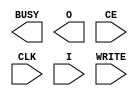
// This program was cloned from: https://github.com/jhshi/openofdm
// License: Apache License 2.0

// $Header: /devl/xcs/repo/env/Databases/CAEInterfaces/verunilibs/data/virtex4/ICAP_VIRTEX4.v,v 1.4 2007/06/06 22:14:07 fphillip Exp $
///////////////////////////////////////////////////////////////////////////////
// Copyright (c) 1995/2004 Xilinx, Inc.
// All Right Reserved.
///////////////////////////////////////////////////////////////////////////////
//   ____  ____
//  /   /\/   /
// /___/  \  /    Vendor : Xilinx
// \   \   \/     Version : 10.1
//  \   \         Description : Xilinx Functional Simulation Library Component
//  /   /                  Internal Configuration Access Port for Virtex4
// /___/   /\     Filename : ICAP_VIRTEX4.v
// \   \  /  \    Timestamp : Thu Mar 25 16:43:51 PST 2004
//  \___\/\___\
//
// Revision:
//    03/23/04 - Initial version.
//    06/06/07 - Fixed timescale values
// End Revision


`timescale  1 ps / 1 ps


module ICAP_VIRTEX4 (BUSY, O, CE, CLK, I, WRITE);

    output BUSY;
    output [31:0] O;

    input  CE, CLK, WRITE;
    input  [31:0] I;

    parameter ICAP_WIDTH = "X8";
    
endmodule